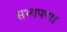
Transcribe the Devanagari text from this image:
सभ्यपणा